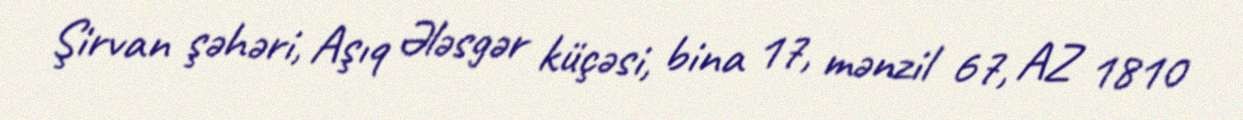
Şirvan şəhəri, Aşıq Ələsgər küçəsi, bina 17, mənzil 67, AZ 1810